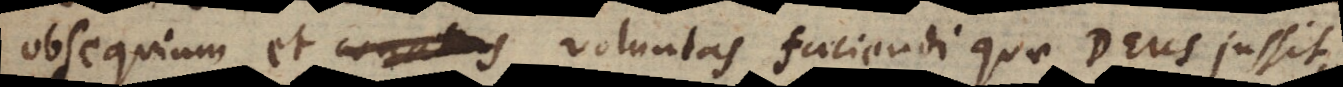
obsequium et conatus voluntas faciendi quae Deus jussit